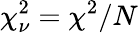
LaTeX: \chi_{\nu}^{2}=\chi^{2}/N